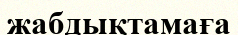
жабдықтамаға